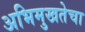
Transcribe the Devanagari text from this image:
अभिमुखतेचा